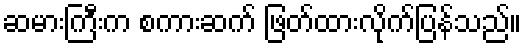
ဆမားကြီးက စကားဆက် ဖြတ်ထားလိုက်ပြန်သည်။